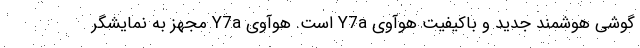
گوشی‌ هوشمند جدید و باکیفیت هوآوی Y7a است. هوآوی Y7a مجهز به نمایشگر